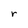
Character: r